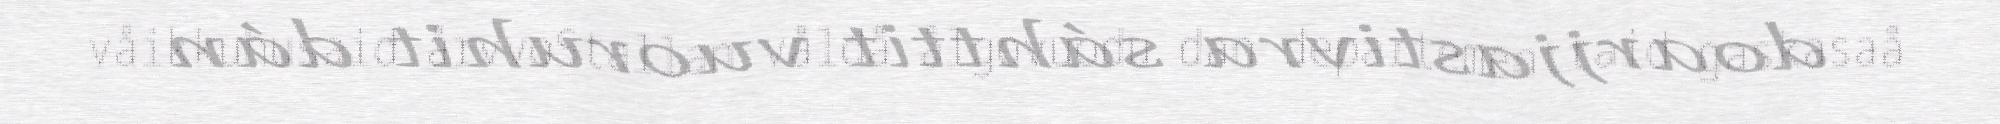
våikkuhusaid årvvoStallan våldå ålgovuodu dan departementtaid gaskasaå